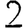
Digit: 2